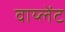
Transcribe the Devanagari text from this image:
वाय्लेंट